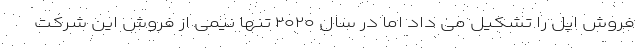
فروش اپل را تشکیل می داد اما در سال ۲۰۲۰ تنها نیمی از فروش این شرکت